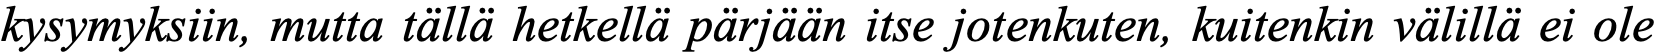
kysymyksiin, mutta tällä hetkellä pärjään itse jotenkuten, kuitenkin välillä ei ole